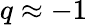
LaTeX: q\approx-1